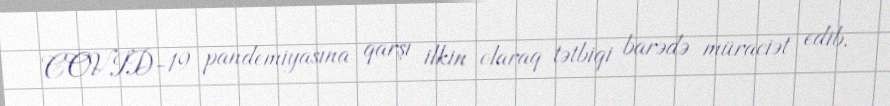
COVID-19 pandemiyasına qarşı ilkin olaraq tətbiqi barədə müraciət edib.